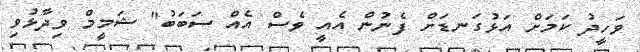
ވަހީދު ކަމަށް އަޅުގަނޑަށް ފެނުން އެއީ ވެސް އެއް ސަބަބު" ޝަމީމް ވިދާޅުވި